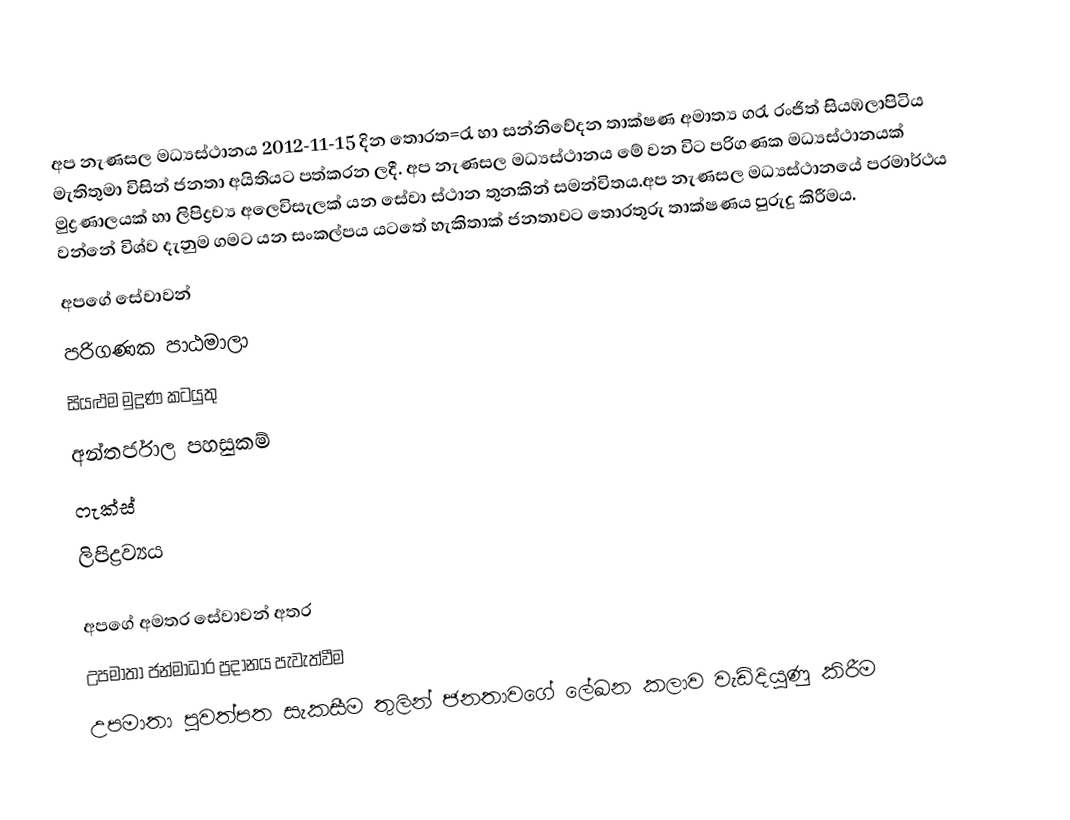
අප නැණසල මධ්‍යස්ථානය 2012-11-15 දින තොරත=රැ හා සන්නිවේදන තාක්ෂණ අමාත්‍ය ගරැ රංජිත් සියඹලාපිටිය මැතිතුමා විසින් ජනතා අයිතියට පත්කරන ලදී. අප නැණසල මධ්‍යස්ථානය මේ වන විට පරිගණක මධ්‍යස්ථානයක්  මුද්‍රණාලයක් හා ලිපිද්‍රව්‍ය අලෙවිසැලක් යන සේවා ස්ථාන තුනකින් සමන්විතය.අප නැණසල මධ්‍යස්ථානයේ පරමාර්ථය වන්නේ විශ්ව දැනුම ගමට යන සංකල්පය යටතේ හැකිතාක් ජනතාවට තොරතුරු තාක්ෂණය පුරුදු කිරීමය.
අපගේ සේවාවන්
පරිගණක පාඨමාලා
සියළුම මුද්‍රණ කටයුතු
අන්තර්ජාල පහසුකම්
ෆැක්ස්
ලිපිද්‍රව්‍යය

අපගේ අමතර සේවාවන් අතර
උපමාතා ජන්මාධාර ප්‍රදානය පැවැත්වීම
උපමාතා පුවත්පත සැකසීම තුලින් ජනතාවගේ ලේඛන කලාව වැඩිදියුණු කිරීම